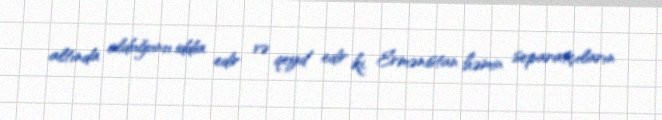
altında olduğunu iddia edir və qeyd edir ki, Ermənistan həmin separatçıların